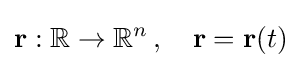
\mathbf {r} :\mathbb {R} \rightarrow \mathbb {R} ^{n}\,,\quad \mathbf {r} =\mathbf {r} (t)